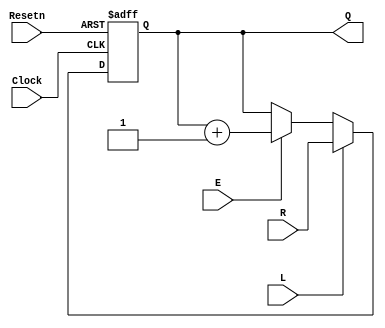
`timescale 1ns / 1ps
//////////////////////////////////////////////////////////////////////////////////
// Company: 
// Engineer: 
// 
// Design Name: 
// Module Name: upcount
// Project Name: 
// Target Devices: 
// Tool Versions: 
// Description: 
// 
// Dependencies: 
// 
// Revision:
// Revision 0.01 - File Created
// Additional Comments:
// 
//////////////////////////////////////////////////////////////////////////////////

module upcount(R, Resetn, Clock, E, L, Q);
  //define input and ouput ports
  
  input [3:0] R;
  input Clock,Resetn,E,L;
  output reg [3:0] Q;
  //always block will be executed at each and every positive edge of the clock
  always@(negedge Resetn or posedge Clock) 
    if(!Resetn)    			    //Set counter to Zero
        Q <= 0;
    else if(L)    			
        Q <= R;
    else if(E)
        Q <= Q + 1;				//count up
endmodule